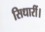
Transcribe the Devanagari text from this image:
सिधारीं।